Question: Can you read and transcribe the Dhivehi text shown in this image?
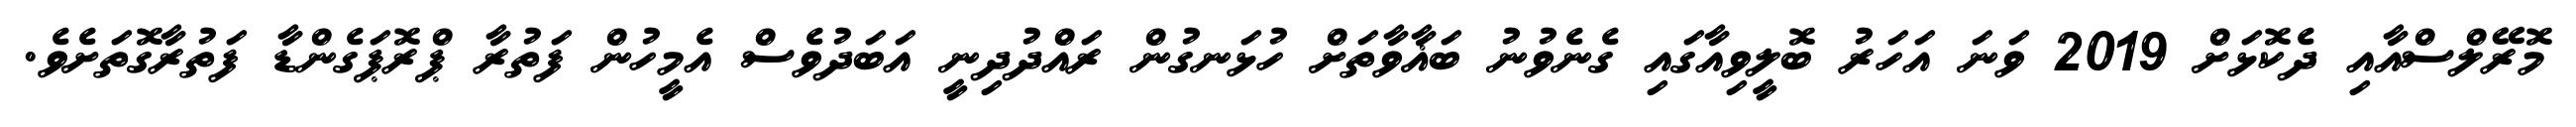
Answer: މޮރޭލްސްއާއި ދެކޮޅަށް 2019 ވަނަ އަހަރު ބޮލީވިއާގައި ގެނެވުނު ބަޣާވާތަށް ހުޅަނގުން ރައްދުދިނީ އަބަދުވެސް އެމީހުން ފަތުރާ ޕްރޮޕަގެންޑާ ފަތުރާގޮތަށެވެ.